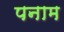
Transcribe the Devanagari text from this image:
पनाम